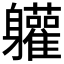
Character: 𮜾